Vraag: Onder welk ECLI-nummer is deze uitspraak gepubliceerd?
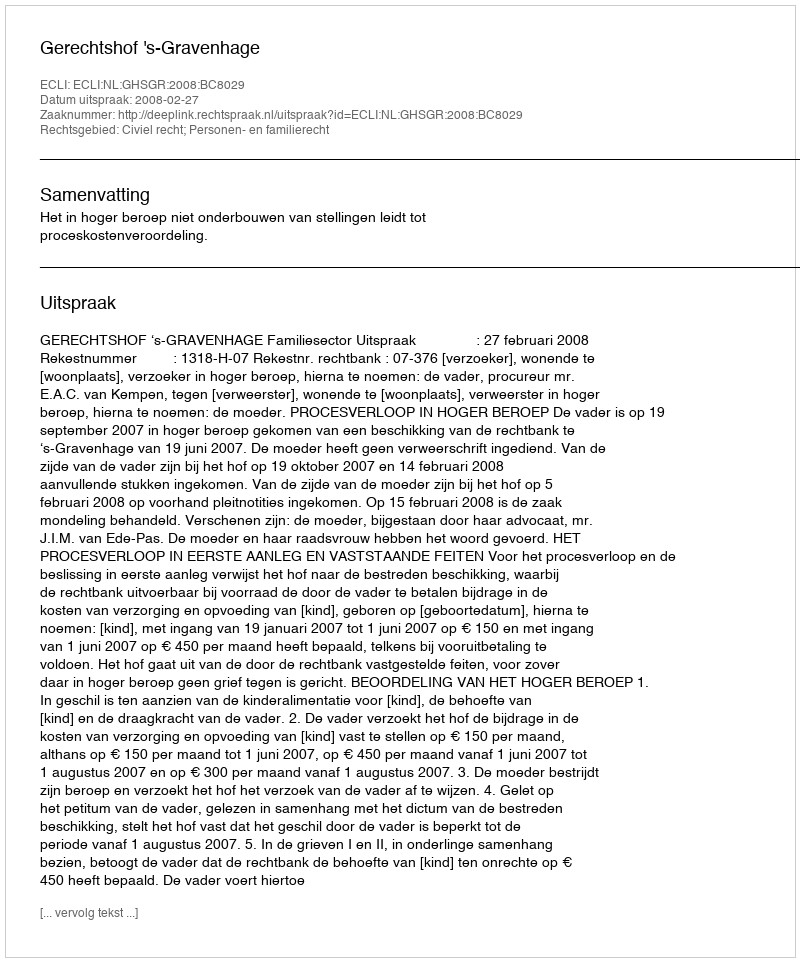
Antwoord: ECLI:NL:GHSGR:2008:BC8029